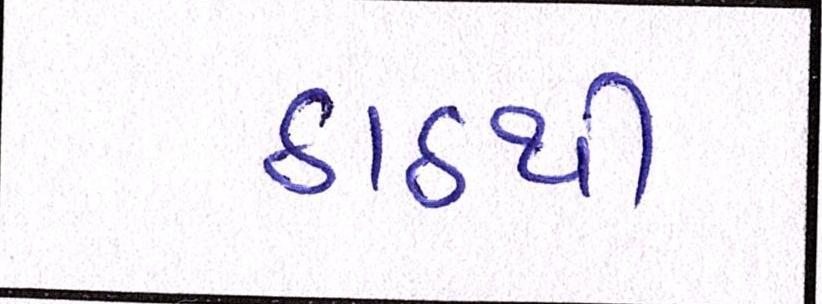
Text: ઠાઠથી